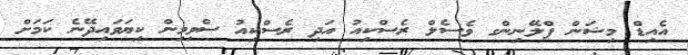
އެއިޑް މިޝަން ޕްލޭނިންގ ވެސެލް ރެސްކިއު އަދި ރެސްކިއު ސްވިމިން ކިޔަވައިދޭނެ ކަމަށް